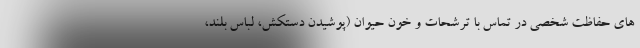
های حفاظت شخصی در تماس با ترشحات و خون حیوان (پوشیدن دستکش، لباس بلند،